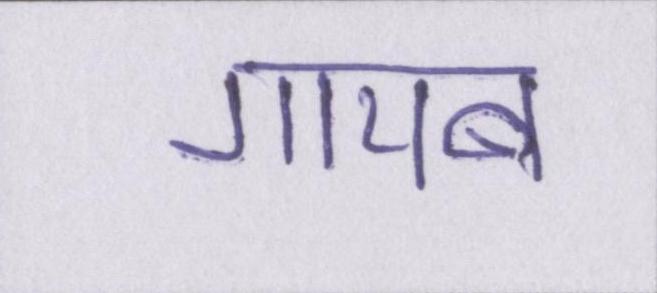
गायब